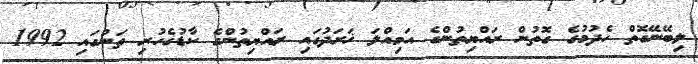
ލިބޭނޭގޮތް ހެދުމުގެ ގޮތުން ރައްޔިތުންގެ އަމިއްލަ ޚަރަދުގައި ރައްޔިތުންގެ ކާޑުގެހުރި ތަނުގައި 1992